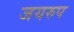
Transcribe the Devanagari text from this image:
जयरुप